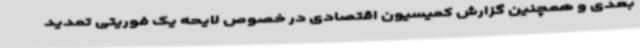
بعدی و همچنین گزارش کمیسیون اقتصادی در خصوص لایحه یک فوریتی تمدید